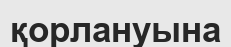
қорлануына